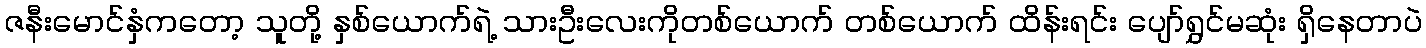
ဇနီးမောင်နှံကတော့ သူတို့ နှစ်ယောက်ရဲ့ သားဦးလေးကိုတစ်ယောက် တစ်ယောက် ထိန်းရင်း ပျော်ရွှင်မဆုံး ရှိနေတာပဲ